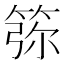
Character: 𥮜